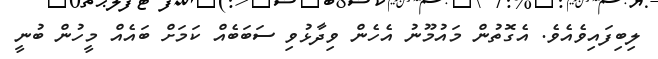
ލިބިފައިވެއެވެ. އެގޮތުން މައުމޫނު އެހެން ވިދާޅުވި ސަބަބެއް ކަމަށް ބައެއް މީހުން ބުނީ